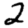
Digit: 2